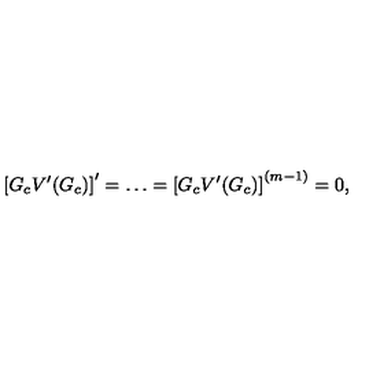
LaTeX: \left[ G _ { c } V ^ { \prime } ( G _ { c } ) \right] ^ { \prime } = \ldots = \left[ G _ { c } V ^ { \prime } ( G _ { c } ) \right] ^ { ( m - 1 ) } = 0 ,